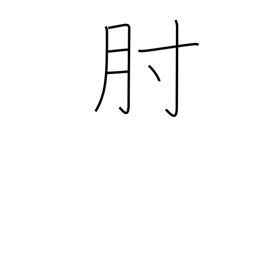
Meaning: arm